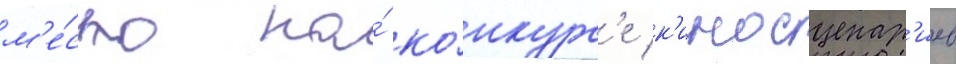
м'е́сто на́ ко́нкурс'е к'иносценар'иев